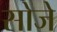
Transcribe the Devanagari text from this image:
सोजे